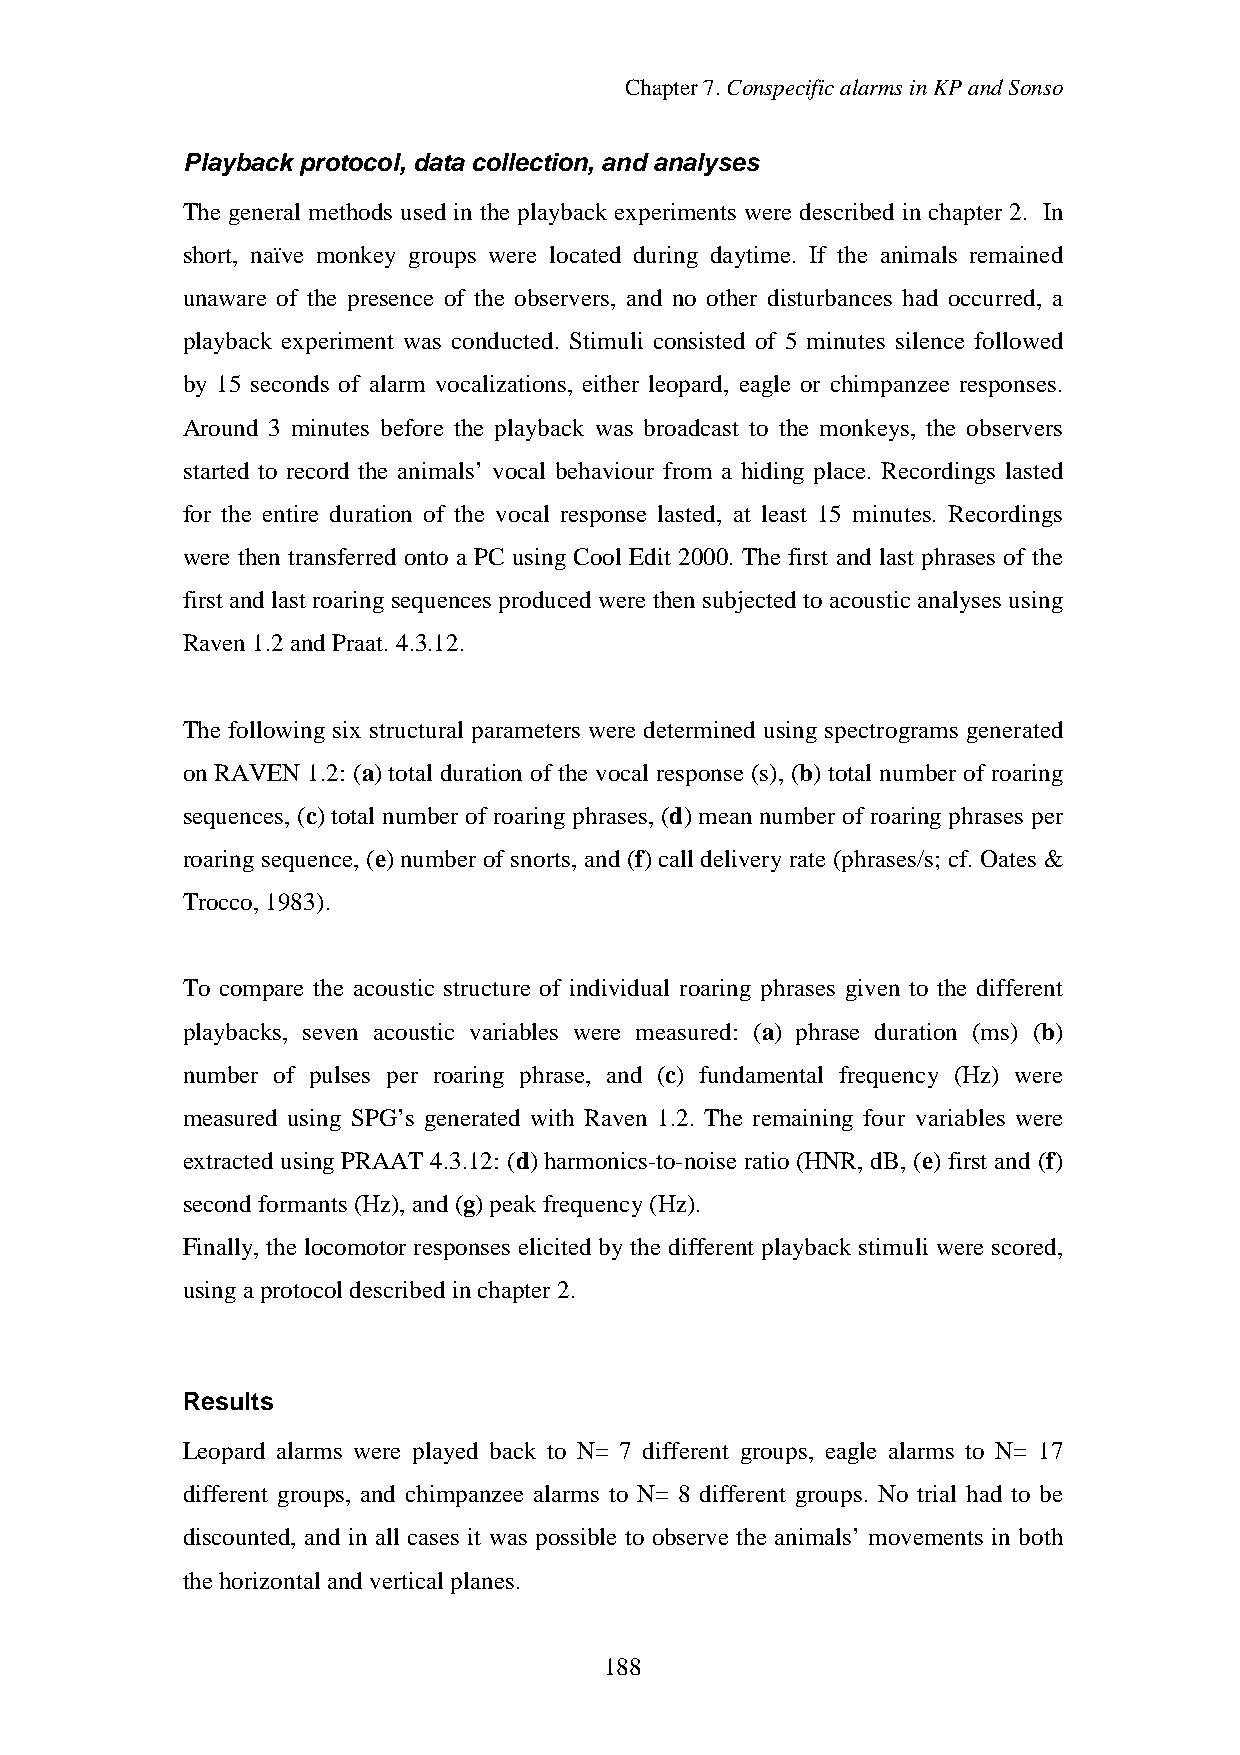
Chapter7.ConspecificalarmsinKPandSonso
 Playback protocol, data collection, and analyses
 The general methods used in the playback experiments were described in chapter 2. In
 short, naïve monkey groups were located during daytime. If the animals remained
 unaware of the presence of the observers, and no other disturbances had occurred, a
 playback experiment was conducted. Stimuli consisted of 5 minutes silence followed
 by 15 seconds of alarm vocalizations, either leopard, eagle or chimpanzee responses.
 Around 3 minutes before the playback was broadcast to the monkeys, the observers
 started to record the animals’ vocal behaviour from a hiding place. Recordings lasted
 for the entire duration of the vocal response lasted, at least 15 minutes. Recordings
 were then transferred onto a PC using Cool Edit 2000. The first and last phrases of the
 first andlast roaringsequences producedwere thensubjectedto acoustic analyses using
 Raven1.2andPraat.4.3.12.
 The following six structural parameters were determined using spectrograms generated
 on RAVEN 1.2: (a) total duration of the vocal response (s), (b) total number of roaring
 sequences, (c) total number of roaring phrases, (d) mean number of roaring phrases per
 roaring sequence, (e) number of snorts, and (f) call deliveryrate (phrases/s; cf. Oates &
 Trocco,1983).
 To compare the acoustic structure of individual roaring phrases given to the different
 playbacks, seven acoustic variables were measured: (a) phrase duration (ms) (b)
 number of pulses per roaring phrase, and (c) fundamental frequency (Hz) were
 measured using SPG’s generated with Raven 1.2. The remaining four variables were
 extracted using PRAAT 4.3.12: (d) harmonics-to-noise ratio (HNR, dB, (e) first and (f)
 secondformants (Hz),and (g)peak frequency(Hz).
 Finally, the locomotor responses elicited by the different playback stimuli were scored,
 usingaprotocol describedinchapter2.
 Results
 Leopard alarms were played back to N= 7 different groups, eagle alarms to N= 17
 different groups, and chimpanzee alarms to N= 8 different groups. No trial had to be
 discounted, and in all cases it was possible to observe the animals’ movements in both
 thehorizontal andvertical planes.
 188